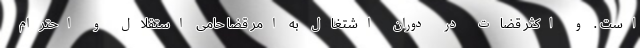
است . و اکثر قضات در دوران اشتغال به امر قضا حامی استقلال و احترام